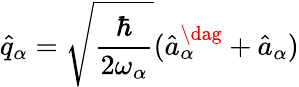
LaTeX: \hat{q}_{\alpha}=\sqrt{\frac{\hbar}{2\omega_{\alpha}}}(\hat{a}_{\alpha}^{\dag}+\hat{a}_{\alpha})